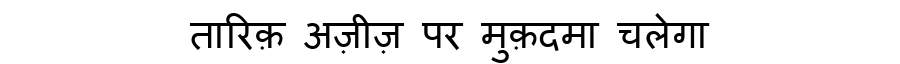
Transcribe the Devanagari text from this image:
तारिक़ अज़ीज़ पर मुक़दमा चलेगा